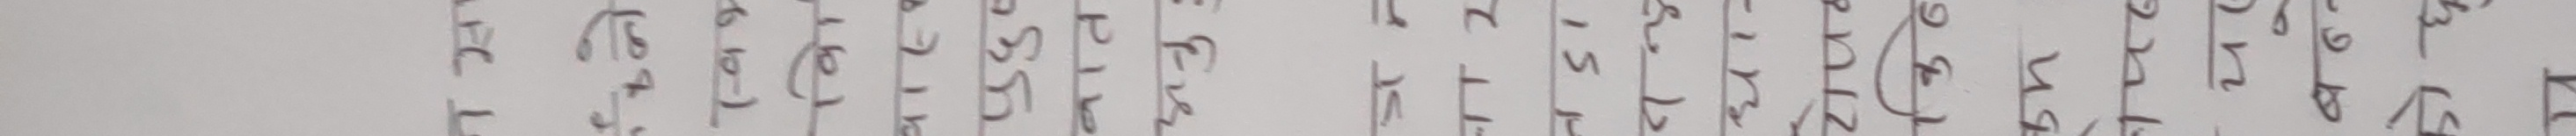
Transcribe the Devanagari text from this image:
२५
२
११
१६
२०
२१
१७
२३
१२
१४
१५
२८
१३
१८
२२
२४
१९
६
१०
५
८
७
९
४
३
१